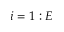
i = 1 : E